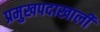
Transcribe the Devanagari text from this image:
प्रमुखपदाखाली